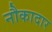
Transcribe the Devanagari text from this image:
नौकादार